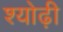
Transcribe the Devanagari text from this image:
श्योढ़ी